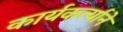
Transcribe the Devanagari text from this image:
कार्यकर्त्याने